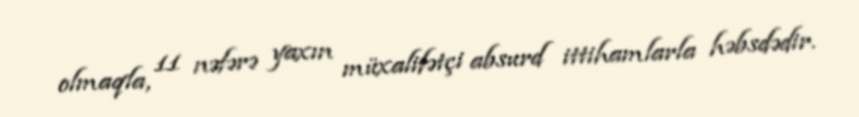
olmaqla, 11 nəfərə yaxın müxalifətçi absurd ittihamlarla həbsdədir.